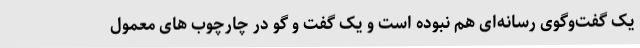
یک گفت‌وگوی رسانه‌ای هم نبوده است و یک گفت و گو در چارچوب های معمول